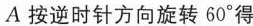
EA按逆时针方向旋转60°得